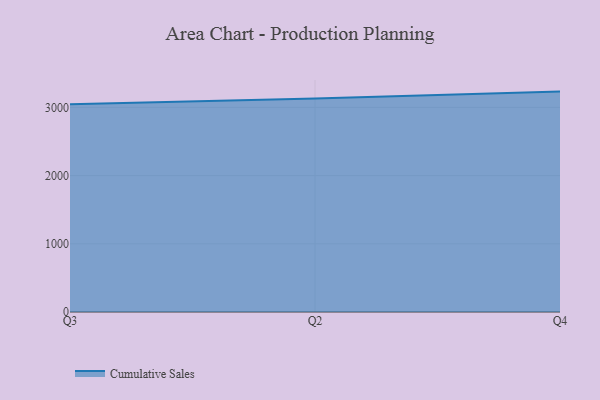
{"axis": {"x": "Quarter", "y": "Revenue (USD Million)"}, "legend": ["Cumulative Sales"], "data": [{"x": "Q3", "y": 3045.7, "type": "Cumulative Sales"}, {"x": "Q2", "y": 3130.6, "type": "Cumulative Sales"}, {"x": "Q4", "y": 3231.6, "type": "Cumulative Sales"}]}